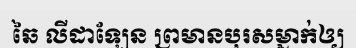
ឆៃ លីដាឡែន ព្រមានបុរសម្នាក់ឲ្យ